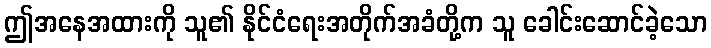
ဤအနေအထားကို သူ၏ နိုင်ငံရေးအတိုက်အခံတို့က သူ ခေါင်းဆောင်ခဲ့သော